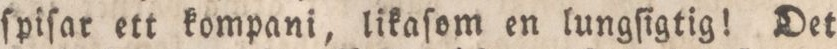
ſpiſar ett kompani, likaſom en lungſigtig! Det